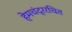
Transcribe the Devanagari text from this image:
हेमचंद्ररचित